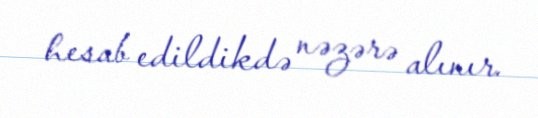
hesab edildikdə nəzərə alınır.